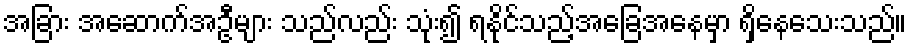
အခြား အဆောက်အဦများ သည်လည်း သုံး၍ ရနိုင်သည့်အခြေအနေမှာ ရှိနေသေးသည်။